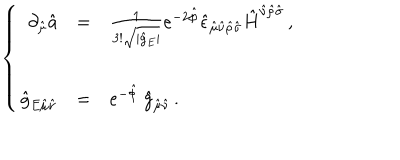
LaTeX: \left\{ \begin{array} { r c l } { { \partial _ { \hat { \mu } } \hat { a } } } & { { = } } & { { \frac { 1 } { 3 ! \sqrt { | \hat { g } _ { E } | } } e ^ { - 2 \hat { \phi } } \hat { \epsilon } _ { \hat { \mu } \hat { \nu } \hat { \rho } \hat { \sigma } } \hat { H } ^ { \hat { \nu } \hat { \rho } \hat { \sigma } } \, , } } \\ { { } } & { { } } & { { } } \\ { { \hat { g } _ { E \hat { \mu } \hat { \nu } } } } & { { = } } & { { e ^ { - \hat { \phi } } \ \hat { g } _ { \hat { \mu } \hat { \nu } } \, . } } \\ \end{array} \right.